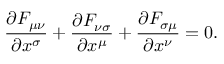
{ \frac { \partial F _ { \mu \nu } } { \partial x ^ { \sigma } } } + { \frac { \partial F _ { \nu \sigma } } { \partial x ^ { \mu } } } + { \frac { \partial F _ { \sigma \mu } } { \partial x ^ { \nu } } } = 0 .